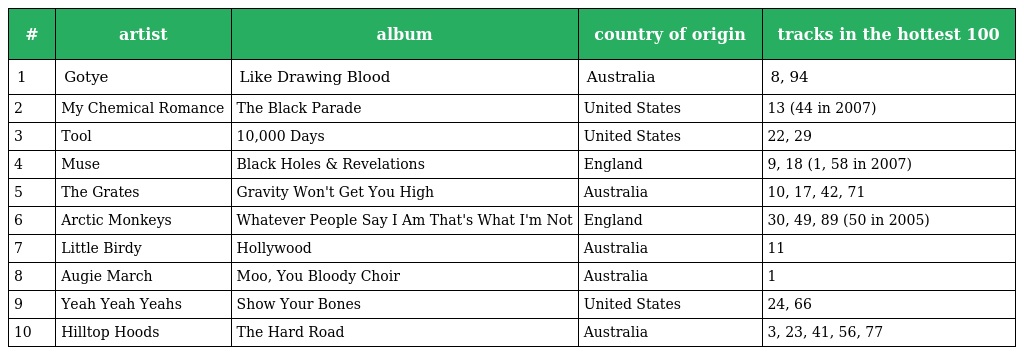
| # | artist | album | country of origin | tracks in the hottest 100 |
 | --- | --- | --- | --- | --- |
 | 1 | Gotye | Like Drawing Blood | Australia | 8, 94 |
 | 2 | My Chemical Romance | The Black Parade | United States | 13 (44 in 2007) |
 | 3 | Tool | 10,000 Days | United States | 22, 29 |
 | 4 | Muse | Black Holes & Revelations | England | 9, 18 (1, 58 in 2007) |
 | 5 | The Grates | Gravity Won't Get You High | Australia | 10, 17, 42, 71 |
 | 6 | Arctic Monkeys | Whatever People Say I Am That's What I'm Not | England | 30, 49, 89 (50 in 2005) |
 | 7 | Little Birdy | Hollywood | Australia | 11 |
 | 8 | Augie March | Moo, You Bloody Choir | Australia | 1 |
 | 9 | Yeah Yeah Yeahs | Show Your Bones | United States | 24, 66 |
 | 10 | Hilltop Hoods | The Hard Road | Australia | 3, 23, 41, 56, 77 |